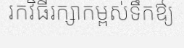
រកវិធីរក្សាកម្ពស់ទឹកឳ្យ